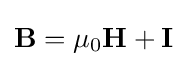
\mathbf {B} =\mu _{0}\mathbf {H} +\mathbf {I}